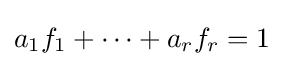
a_{1}f_{1}+\cdots +a_{r}f_{r}=1